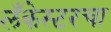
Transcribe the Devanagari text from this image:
लँकेस्टरचा